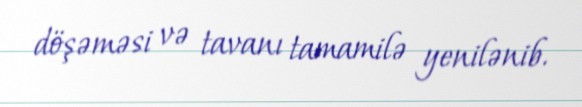
döşəməsi və tavanı tamamilə yenilənib.